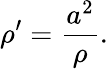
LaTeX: \rho^{\prime}={\frac{a^{2}}{\rho}}.